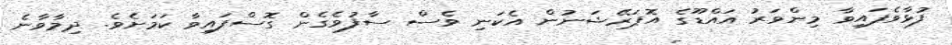
ފުޅާވެފައިވާ މިންވަރު އައްޑޫގެ އޮޕަރޭޝަނުން އެކަނި ވެސް ސާފުވެގެން ގޮސްފައިވާ ކަމަށެވެ. ދިމާވާނެ